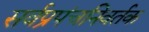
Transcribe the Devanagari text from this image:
सर्वप्रपंचनिवर्तक